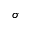
\sigma